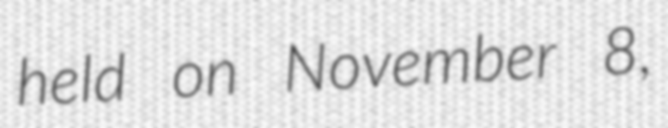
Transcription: held on November 8,